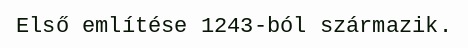
Első említése 1243-ból származik.